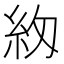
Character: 𮈅